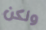
ولكن